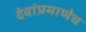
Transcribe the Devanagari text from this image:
देवांप्रमाणेच